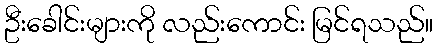
ဦးခေါင်းများကို လည်းကောင်း မြင်ရသည်။